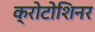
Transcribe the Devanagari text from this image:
क्रोटोशिनर